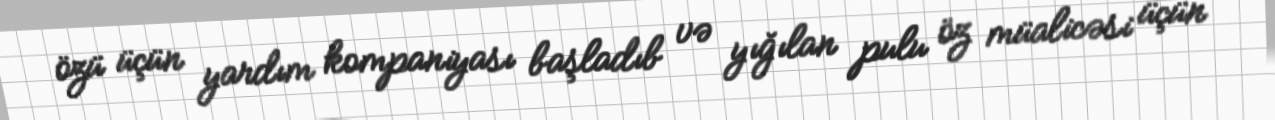
özü üçün yardım kompaniyası başladıb və yığılan pulu öz müalicəsi üçün